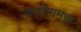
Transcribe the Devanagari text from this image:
काशीरामपुर